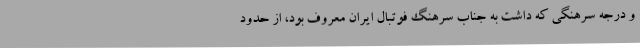
و درجه سرهنگی که داشت به جناب سرهنگ فوتبال ایران معروف بود، از حدود